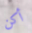
أكن